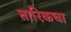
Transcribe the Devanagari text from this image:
तारिकचा